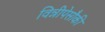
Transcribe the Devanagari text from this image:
विन्नीपेसौकी